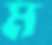
ম